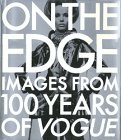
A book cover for On the Edge: Images from 100 Years of VOGUE; Vogue Editors; Arts & Photography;